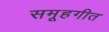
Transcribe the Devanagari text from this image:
समूहगीत